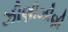
ઝીણીઝીણી